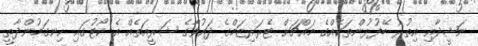
ނަޝީދާއި އިތުރު ބޭފުޅުންތަކެއްގެ މައްޗަށް ޓެރަރިޒަމްގެ ދައުވާގެ ޝަރީއަތެއް އެ ކޯޓުގައި ހިނގަމުންދާތީ